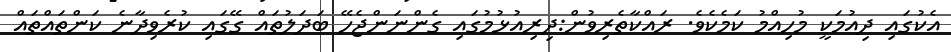
އެކުގައި ދިއުމަކީ މުހިއްމު ކަމެކެވެ. ރައްކާތެރިވުން:ދިރިއުޅުމުގައި ގެންނަންޖެހޭ ބަދަލުތައް ގޭގައި ކުރެވިދާނެ ކަންތައްތައް